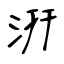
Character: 汧